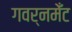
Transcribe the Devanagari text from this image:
गवर्नमेँट